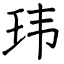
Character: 玮